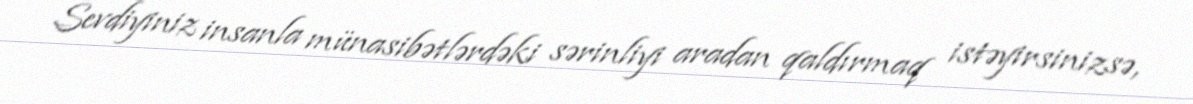
Sevdiyiniz insanla münasibətlərdəki sərinliyi aradan qaldırmaq istəyirsinizsə,